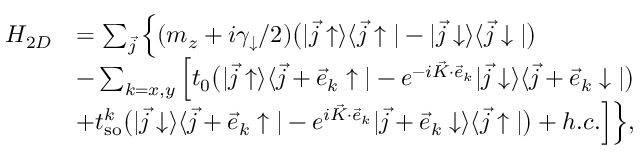
\begin{array} { r l } { H _ { 2 D } } & { = \sum _ { \vec { j } } \Big \{ ( m _ { z } + i \gamma _ { \downarrow } / 2 ) \bigr ( | \vec { j } \uparrow \rangle \langle \vec { j } \uparrow | - | \vec { j } \downarrow \rangle \langle \vec { j } \downarrow | \bigr ) } \\ & { - \sum _ { k = x , y } \Big [ t _ { 0 } \bigr ( | \vec { j } \uparrow \rangle \langle \vec { j } + \vec { e } _ { k } \uparrow | - e ^ { - i \vec { K } \cdot \vec { e } _ { k } } | \vec { j } \downarrow \rangle \langle \vec { j } + \vec { e } _ { k } \downarrow | \bigr ) } \\ & { + t _ { \mathrm { s o } } ^ { k } \bigr ( | \vec { j } \downarrow \rangle \langle \vec { j } + \vec { e } _ { k } \uparrow | - e ^ { i \vec { K } \cdot \vec { e } _ { k } } | \vec { j } + \vec { e } _ { k } \downarrow \rangle \langle \vec { j } \uparrow | \bigr ) + h . c . \Big ] \Big \} , } \end{array}